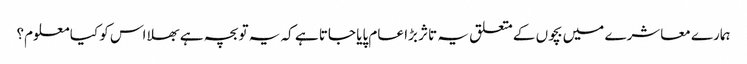
ہمارے معاشرے میں بچوں کے متعلق یہ تاثر بڑا عام پایا جاتا ہے کہ یہ تو بچہ ہے بھلا اس کو کیا معلوم؟